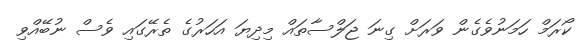
ކޯރަމް ހަމަނުވެގެން ވަރަށް ގިނަ ޖަލްސާތައް މިދިޔަ އަހަރުގެ ތެރޭގައި ވެސް ނުބޭއްވި